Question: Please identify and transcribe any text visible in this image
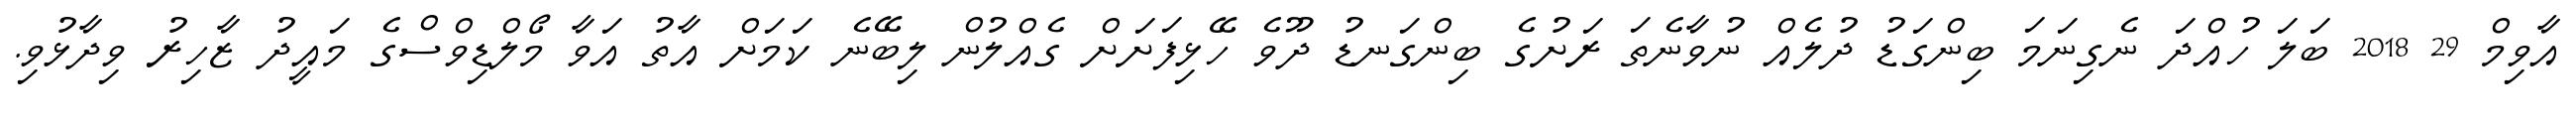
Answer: އާވިމް 29 2018 ބަލަ ހުއްދަ ނެގިނަމަ ބިންގަޑު ދުލެއް ނުވާނެތަ ރަށުގެ ބިންގަނޑު ދޫވެ ހޭޅިފަށަށް ގެއްލުން ލިބޭނެ ކަމަށް އާތު އަވާ މޯލްޑިވްސްގެ މައީދު ޒާހިރު ވިދާޅުވި.